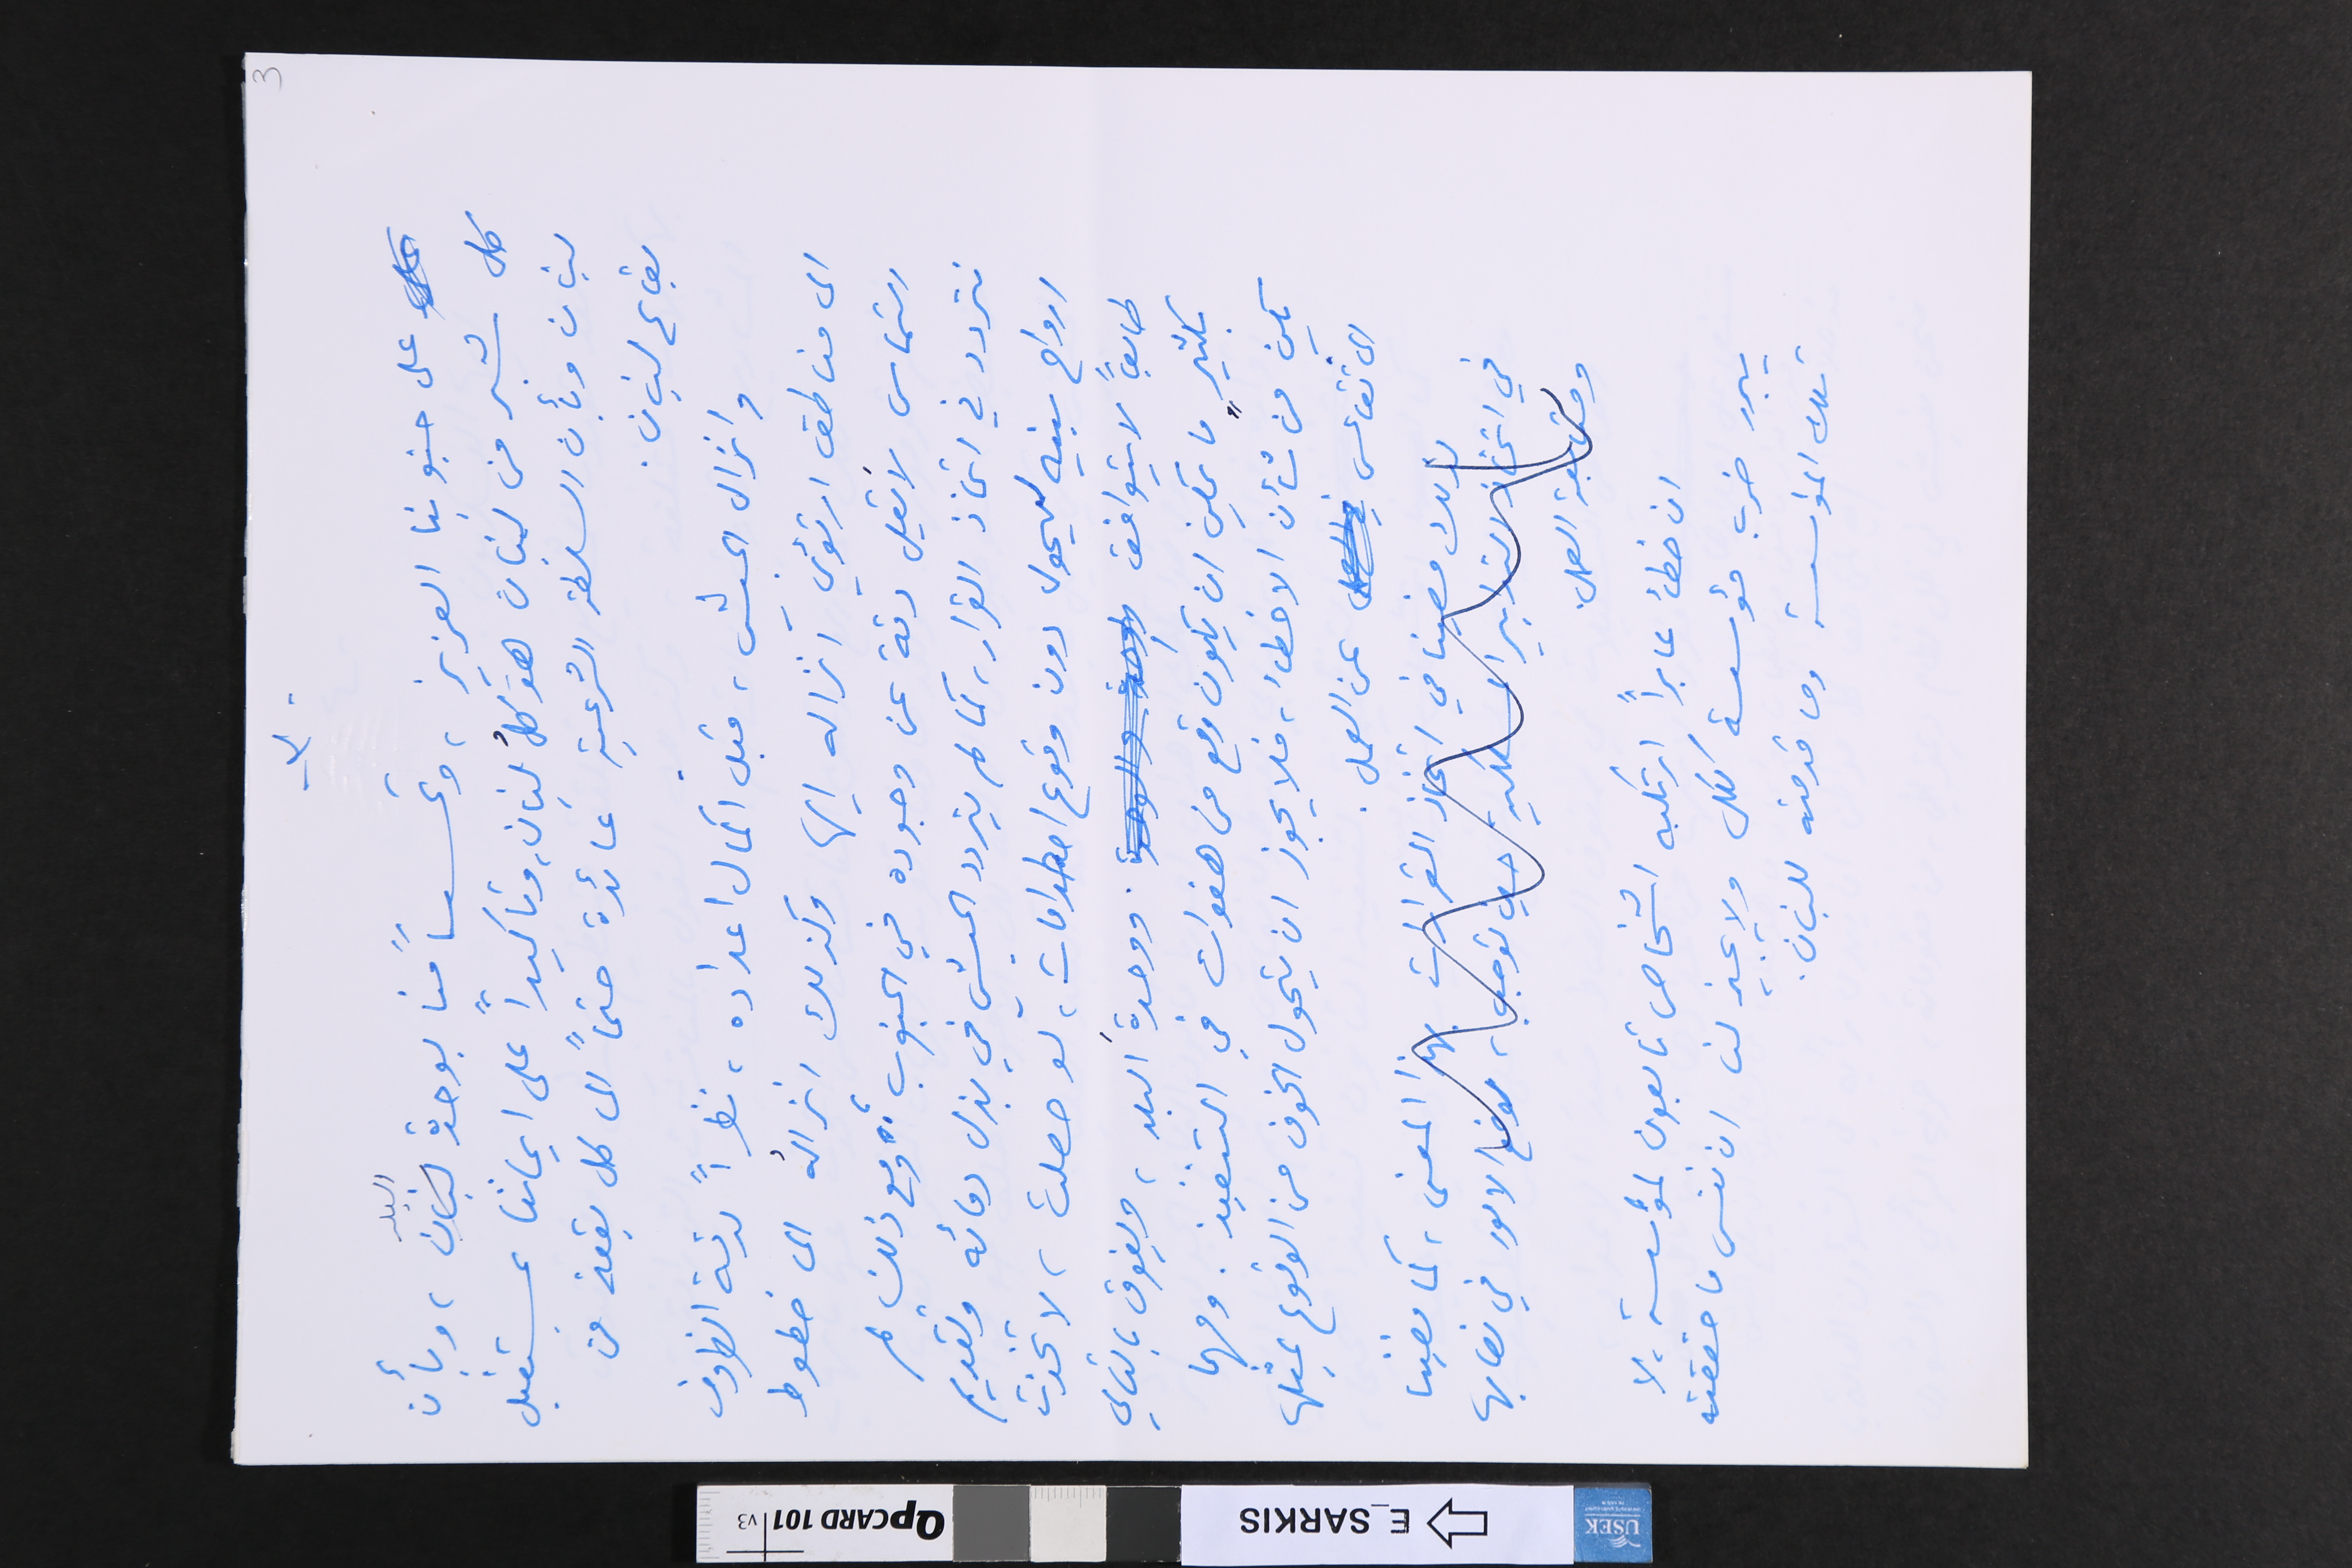
-٣-                                                                   3
على جنوبنا العزيز، وتحسباً منا بوحدة البلد، وبأن
كل شبر من لبنان هو كلُ لبنان، وتاكيداً على ايماننا بمستقبل
لبنان وبأن السلطة الشرعية عائدة حتماً الى كل بقعة من
بقاع لبنان.
وانزال الجيش، قبل اكمال اعداده، نظراً لدقة الظروف
الى مناطق ارتؤي انزاله اليها وكذلك انزالُه الى خطوط
التماس لا يَقل دقة عن وجوده في الجنوب ؛ ومع ذلك لم
نتردد في اتخاذ القرار،  كما لم يتردد الجيش في بذل دمائه وتقديم
ارواح بنيه ليحول دون وقوع اصطدامات، لو حصلت، لاتخذت
طابعاً لا يتوافق. ووحدةَ البلد،ويفوق بالتالي
بكثيرٍ ما يمكن ان يكون وقع من هفوات في التنفيذ. ومهما
يكن من شأن من الاخطاء، فلا يجوز ان يتحول الخوف من الوقوع بمثلها
الى تقاعس عن العمل.
ان خطأ عابراً ارتكبه اشخاص تابعون لمؤسسة، لا
يبرر ضرب مؤسسة ككل ولا يجيز لنا ان ننسى ما حققته
تلك المؤسسة وما قدمته للبنان.